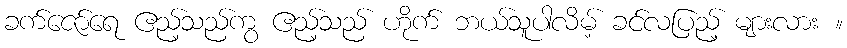
ခက်ဇော်ရေ ဧည့်သည်ကွ ဧည့်သည် ဟိုက် ဘယ်သူပါလိမ့် ခင်လပြည့် များလား ။